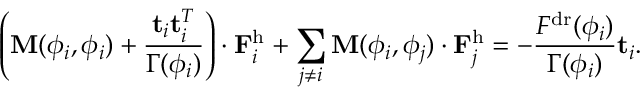
\left( \mathbf { M } ( \phi _ { i } , \phi _ { i } ) + \frac { \mathbf { t } _ { i } \mathbf { t } _ { i } ^ { T } } { \Gamma ( \phi _ { i } ) } \right) \cdot \mathbf { F } _ { i } ^ { \mathrm { h } } + \sum _ { j \ne i } \mathbf { M } ( \phi _ { i } , \phi _ { j } ) \cdot \mathbf { F } _ { j } ^ { \mathrm { h } } = - \frac { F ^ { \mathrm { d r } } ( \phi _ { i } ) } { \Gamma ( \phi _ { i } ) } \mathbf { t } _ { i } .